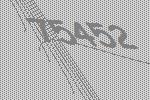
75452